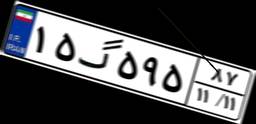
۸۹گ۷۷۳۵۰